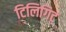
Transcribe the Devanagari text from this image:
टिलिगिट